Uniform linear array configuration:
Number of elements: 12
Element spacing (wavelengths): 1
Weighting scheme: cosine
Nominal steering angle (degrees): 60
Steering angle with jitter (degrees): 59.212
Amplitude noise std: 0.05
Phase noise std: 0.05

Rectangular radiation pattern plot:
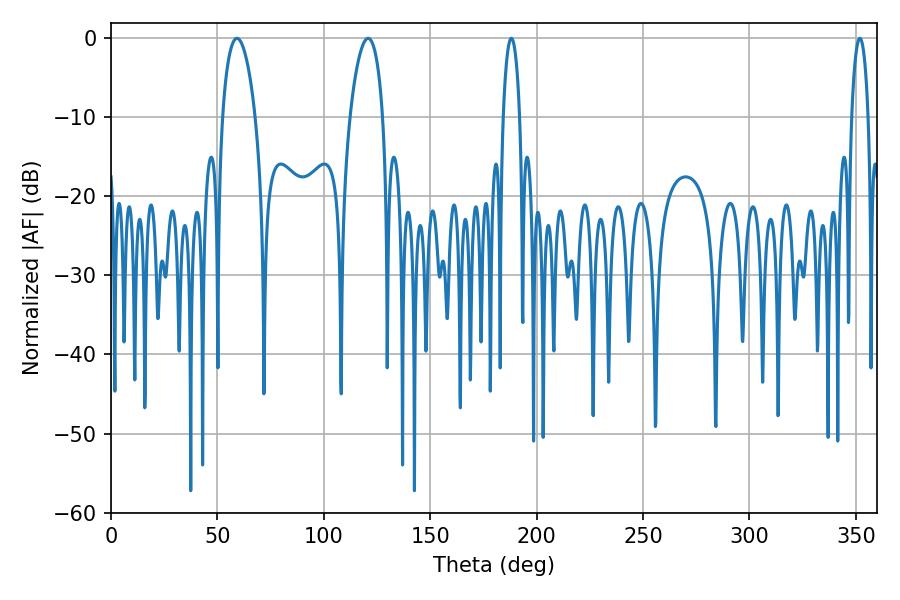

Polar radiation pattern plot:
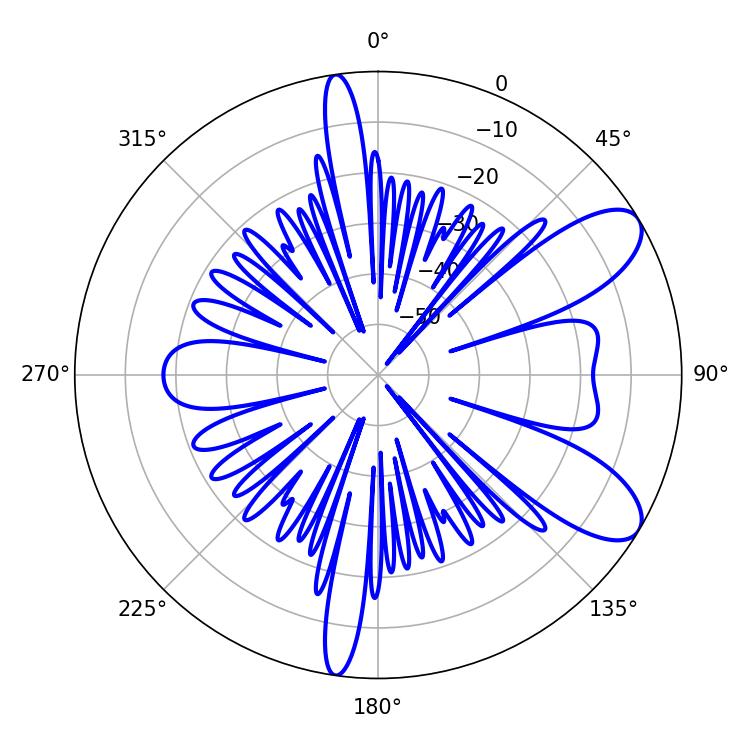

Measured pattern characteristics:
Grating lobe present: TRUE
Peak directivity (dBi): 8.877
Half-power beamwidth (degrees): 4.32
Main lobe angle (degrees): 188.1